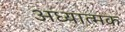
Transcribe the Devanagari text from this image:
अध्यात्मक